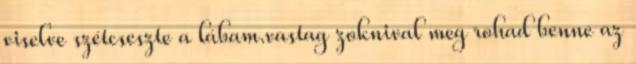
viselve szétcseszte a lábam.vastag zoknival meg rohad benne az